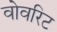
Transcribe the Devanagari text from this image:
वोवरिट